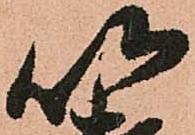
以